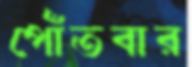
পোঁতবার